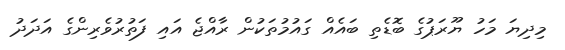
މިދިޔަ މަހު ޔޫރަޕުގެ ބޮޑެތި ބައެއް ގައުމުތަކުން ރާއްޖެ އައި ފަތުރުވެރިންގެ އަދަދު